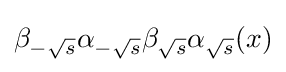
\beta _{-{\sqrt {s}}}\alpha _{-{\sqrt {s}}}\beta _{\sqrt {s}}\alpha _{\sqrt {s}}(x)